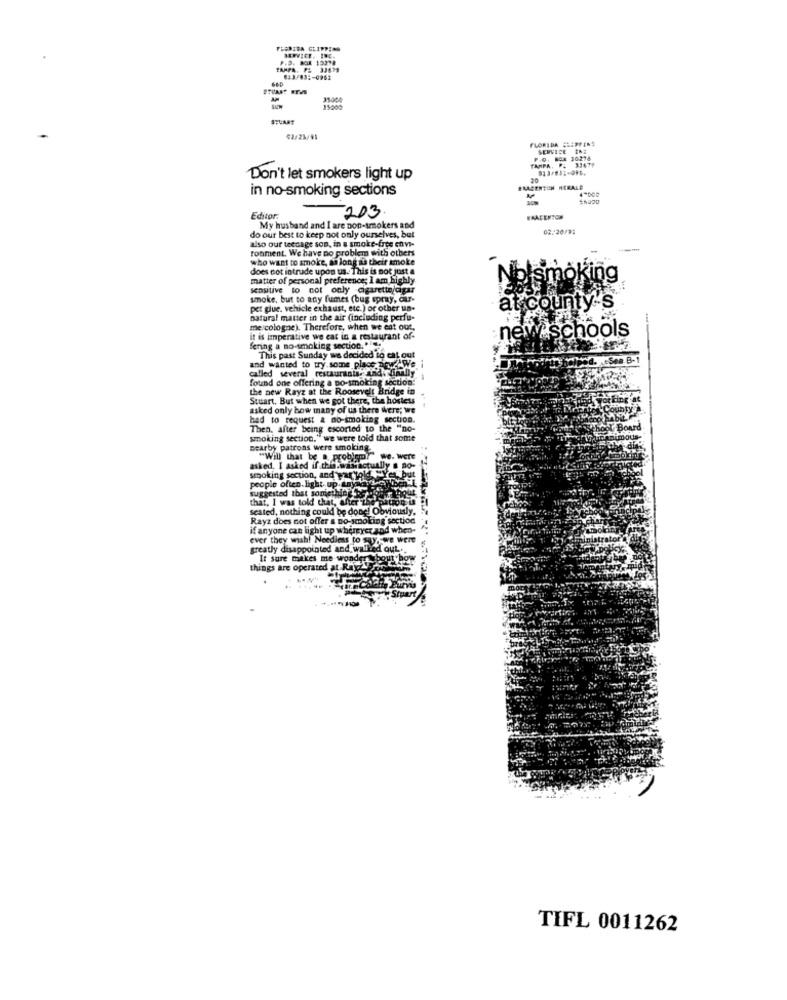
F.D. BOR 15278
633/83 :- 0961
SHCART
02/25/95
FLORIDA CLEPFEN
SERVICE INE
TAMPA. P. 33479
P.O. BOX 10.278
Don't let smokers light up
in no-smoking sections
FRAGENTON HERALD
Editor:
-203
ERACENTON
My husband and I are non-smokers and
02.20/91
also our teenage son, in a smoke-free envi-
do our best to keep not only ourselves, but
ronment. We have no problem with others
who want to smoke, as long as their smoke
does not intrude upon us. This is not just a
matter of personal preference; I am highly
king
sensitive to not only cigarette/cigar
smoke, but to any fumes (bug spray, Gar-
pet glue. vehicle exhaust, etc.) or other un-
at county's
natural matter in the air (including perfu-
me cologne). Therefore, when we eat out.
new schools
it is imperative we eat in a restaurant of-
fering a no-smoking section.".
This past Sunday we decided to eat out
called several restaurants, andisfinally
and wanted to try.some place now We i
found one offering a po-smoking section:
the new Rayz at the Roosevelt Bridge in
dt Bridge in
Stuart. But when we got there, the hostess
asked only how many of us there Were; we
had to request & no-smoking section.
Then, after being escorted to the "no-
smoking section." we were told that some
Bearby patrons were smoking
We. Were
asked, I asked if this wasactually s no-
smoking section, and par told "Yes, but
suggested that something ts
people often. light up Lys
that, I was told that, after ise
seated, nothing could be done! Obviously,
Rayz does not offer a no-smoking section
if anyone can light up whereyer and when-
ever they wish! Needless to Sy. We were
greatly disappointed and walked out ...
It sure makes me wonder
things are operated at Ry
TIFL 0011262